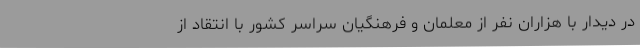
در دیدار با هزاران نفر از معلمان و فرهنگیان سراسر کشور با انتقاد از